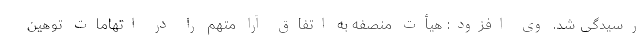
رسیدگی شد. وی افزود: هیأت منصفه به اتفاق آرا متهم را در اتهامات توهین